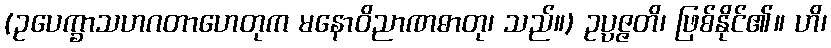
(ဥပေက္ခာသဟဂတာဟေတုက မနောဝိညာဏဓာတု၊ သည်။) ဥပ္ပဇ္ဇတိ၊ ဖြစ်နိုင်၏။ ဟိ၊